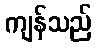
ကျန်သည်